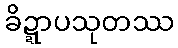
ခိဍ္ဍာပသုတဿ